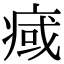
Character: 𤷇